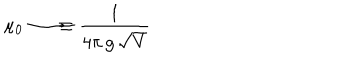
\mu _ { 0 } \longrightarrow \equiv { \frac { 1 } { 4 \pi \, g \, \sqrt V } }